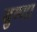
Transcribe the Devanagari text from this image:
वुष्णा